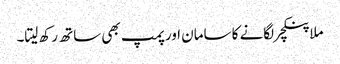
ملا پنکچر لگانے کا سامان اور پمپ بھی ساتھ رکھ لیتا۔